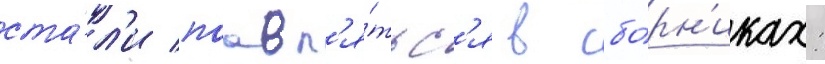
ста́л'и поавл'я́тьс'я в сбо́рн'иках: